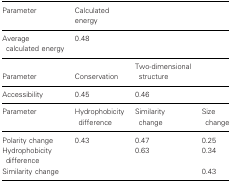
| Parameter | Calculated energy |  |  |
 | --- | --- | --- | --- |
 | Average calculated energy | 0.48 |  |  |
 | Parameter | Conservation | Two-dimensional structure |  |
 | Accessibility | 0.45 | 0.46 |  |
 | Parameter | Hydrophobicity difference | Similarity change | Size change |
 | Polarity change | 0.43 | 0.47 | 0.25 |
 | Hydrophobicity difference |  | 0.63 | 0.34 |
 | Similarity change |  |  | 0.43 |